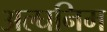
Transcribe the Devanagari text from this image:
अल्घनिम